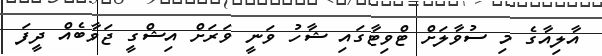
އާލިއާގެ މި ސުވާލަށް ޓްވިޓާގައި ޝާހު ވަނީ ވަރަށް އިޝްގީ ޖަވާބެއް ދީފަ